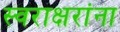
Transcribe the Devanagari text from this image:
स्वराक्षरांना